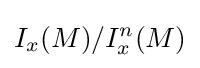
I_{x}(M)/I_{x}^{n}(M)